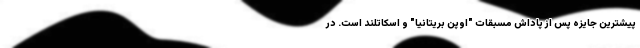
پیشترین جایزه پس از پاداش مسبقات "اوپن بریتانیا" و اسکاتلند است. در